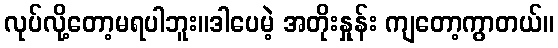
လုပ်လို့တော့မရပါဘူး။ဒါပေမဲ့ အတိုးနှုန်း ကျတော့ကွာတယ်။